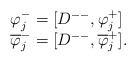
\begin{align*}\begin{array}{lcr}\varphi^-_j=[D^{--},\varphi^+_j] \\\overline{\varphi}^-_j=[D^{--},\overline{\varphi}^+_j].\end{array}\end{align*}